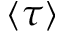
\langle \tau \rangle